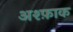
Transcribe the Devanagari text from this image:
अश्फ़ाक